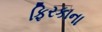
ફિરકાના